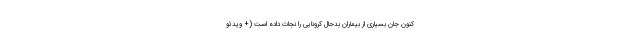
کنون جان بسیاری از بیماران بدحال کرونایی را نجات داده است (+ ویدئو